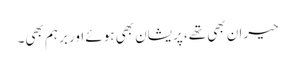
حیران بھی تھے، پریشان بھی ہوئے اور برہم بھی۔